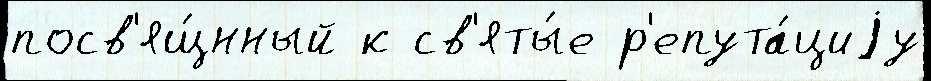
посв'ящ́нный к св'яты́е р'епута́циjу